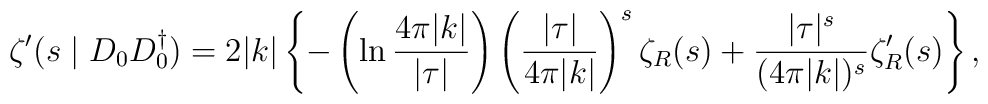
\zeta '(s\mid D_0D_0^{\dagger})=2|k|\left\{-\left(\ln\frac {4\pi|k|}{|\tau|}\right)\left(\frac{|\tau|}{4\pi|k|}\right)^s \zeta _R(s)+\frac {|\tau|^s}{(4\pi|k|)^s}\zeta'_R(s) \right\},